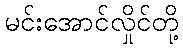
မင်းအောင်လှိုင်တို့